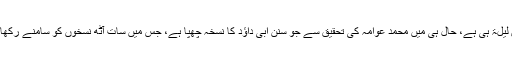
جبکہ سنن ابی داؤد کے کسی نسخہ میں عشرین رکعۃ نہیں ہے، تمام نسخوں میں عشرین لیلۃ ہی ہے، حال ہی میں محمد عوامہ کی تحقیق سے جو سنن ابی داؤد کا نسخہ چھپا ہے، جس میں سات آٹھ نسخوں کو سامنے رکھا گیا ہے، اس میں بھی عشر ین لیلۃ ہی ہے، محمد عوامہ لکھتے ہیں : من الأ صول کلّھا۔